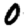
Digit: 0